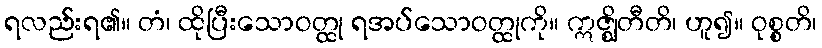
ရလည်းရ၏။ တံ၊ ထိုပြီးသောဝတ္ထု ရအပ်သောဝတ္ထုကို။ ဣဇ္ဈိတီတိ၊ ဟူ၍။ ဝုစ္စတိ၊